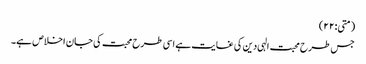
(متی:۲۲)
جس طرح محبت الہی دین کی غایت ہے اسی طرح محبت کی جان اخلاص ہے۔